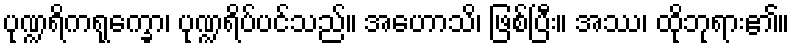
ပုဏ္ဍရိကရုက္ခော၊ ပုဏ္ဍရိပ်ပင်သည်။ အဟောသိ၊ ဖြစ်ပြီး။ အဿ၊ ထိုဘုရား၏။